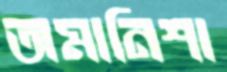
অমানিশা